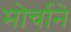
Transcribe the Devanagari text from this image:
मोर्चाने